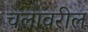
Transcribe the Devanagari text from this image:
चलावरील